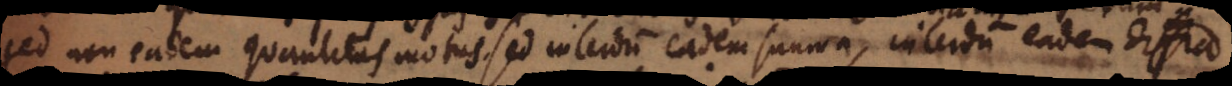
sed non eadem quantitas motus, sed interdum eadem summa, interdum eadem differentia.